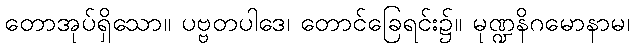
တောအုပ်ရှိသော။ ပဗ္ဗတပါဒေ၊ တောင်ခြေရင်း၌။ မုဏ္ဍနိဂမောနာမ၊